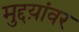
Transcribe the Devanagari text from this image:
मुद्दय़ांवर